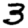
Digit: 3